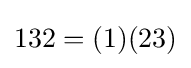
132=(1)(23)